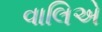
વાલિએ